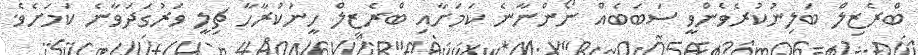
ބްރެޒިލް ބަލިނުކުރެވެންވީ ސަބަބެއް ނޯންނާނެ ކަމަށާއި ބްރެޒިލް ހީނުކުރާހާ ޗިލީ ވަރުގަދަވާނެ ކަމަށެވެ.